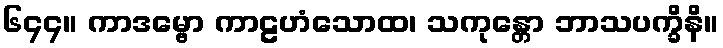
၆၄၄။ ကာဒမ္ဗော ကာဠဟံသောထ၊ သကုန္တော ဘာသပက္ခိနိ။